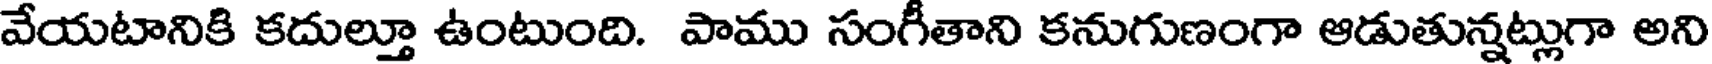
వేయటానికి కదుల్తూ ఉంటుంది. పాము సంగీతాని కనుగుణంగా ఆడుతున్నట్లుగా అని